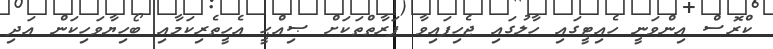
ކްރޮސް އިންވަނީ ހެއިޓީގައި ހާލުގައި ޖެހިފައިވާ ފަރާތްތަކަށް ޞިއްޙީ އެހީތެރިކަމާއި ބޯހިޔާވަހިކަން އަދި